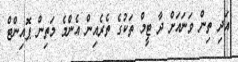
އަދި ތިން ވަނައަށް ދާ ޓީމް ތަކުގެ ތެރެއިން އެންމެ މަތިން ޕޮއިންޓް